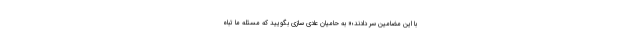
با این مضامین سر دادند؛« به حامیان عادی سازی بگویید که مسئله ما تباه